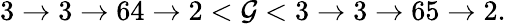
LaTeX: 3\rightarrow3\rightarrow64\rightarrow2<\mathcal{G}<3\rightarrow3\rightarrow65\rightarrow2.